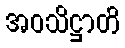
အဝသိဋ္ဌာတိ